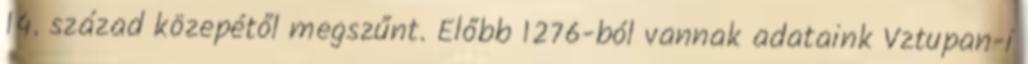
14. század közepétől megszűnt. Előbb 1276-ból vannak adataink Vztupan-i